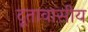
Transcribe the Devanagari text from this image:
दूतावासीय